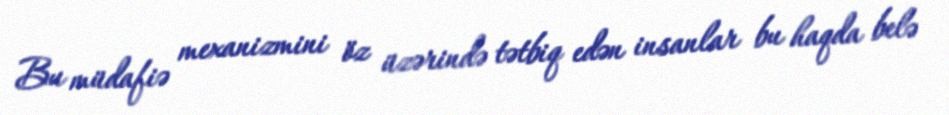
Bu müdafiə mexanizmini öz üzərində tətbiq edən insanlar bu haqda belə